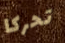
تحركا